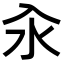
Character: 汆